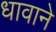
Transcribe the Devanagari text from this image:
धावाने